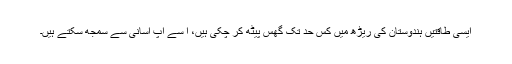
ایسی طاقتیں ہندوستان کی ریڑھ میں کس حد تک گھس پیٹھ کر چکی ہیں، ا سے آپ آسانی سے سمجھ سکتے ہیں۔